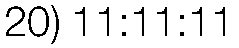
20) 11:11:11